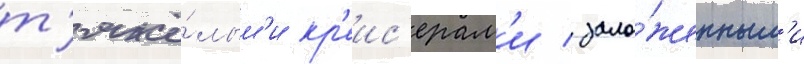
т'яжё́лым'и кр'еис'ерам'и / зало́женным'и